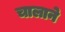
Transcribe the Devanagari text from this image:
चालाने